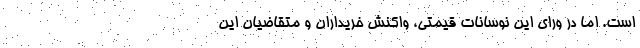
است. اما در ورای این نوسانات قیمتی، واکنش خریداران و متقاضیان این